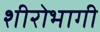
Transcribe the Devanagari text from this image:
शीरोभागी